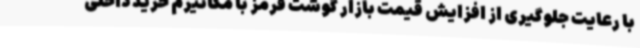
با رعایت جلوگیری از افزایش قیمت بازار گوشت قرمز با مکانیزم خرید داخلی